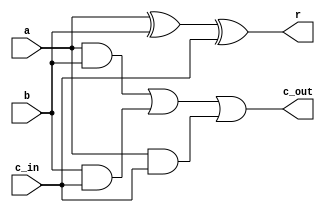
module one_bit_adder (
    input a, b, c_in, output r, c_out
);
    assign r = (a ^ b ^ c_in);
    assign c_out = (a&b) | (b&c_in) | (a&c_in);

endmodule

module flip(
    input b, output bdash
);
    assign bdash = ~b;

endmodule

module four_bit_subtracter(
    input wire [3:0] a, bold, input wire c_in,
    output wire [3:0] r, output wire c_out
);

    wire [3:0] c;
    wire [3:0] bnew;
    flip flip0(bold[0], bnew[0]);
    flip flip1(bold[1], bnew[1]);
    flip flip2(bold[2], bnew[2]);
    flip flip3(bold[3], bnew[3]);
    
    one_bit_adder adder0 (a[0], bnew[0], c_in, r[0], c[0]);
    one_bit_adder adder1 (a[1], bnew[1], c[0], r[1], c[1]);
    one_bit_adder adder2 (a[2], bnew[2], c[1], r[2], c[2]);
    one_bit_adder adder3 (a[3], bnew[3], c[2], r[3], c[3]);
    assign c_out = c[3];


endmodule

module eight_bit_subtracter(
    input wire [7:0] a, bold,
    output wire [7:0] r, output wire c_out2
);
    wire c_out1;
    four_bit_subtracter sub1(a[3:0], bold[3:0], 1'b1, r[3:0], c_out1);
    four_bit_subtracter sub2(a[7:4], bold[7:4], c_out1, r[7:4], c_out2);

    
endmodule